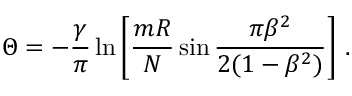
\Theta = - \frac { \gamma } { \pi } \ln \left[ \frac { m R } { N } \sin \frac { \pi \beta ^ { 2 } } { 2 ( 1 - \beta ^ { 2 } ) } \right] \, .